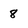
Character: 8